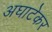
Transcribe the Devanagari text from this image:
अघाटेकर